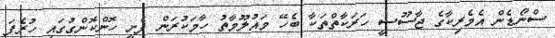
ސްނޯޑެން އެމެރިކާގެ ޖާސޫސީ ހަރަކާތްތަކާ ބެހޭ މައުލޫމާތު ހާމަކުރަން ފެށީ ހޮންކޮންގުގައި ހުރެފަ